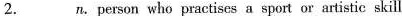
2. ___ n.Person who practises a sport or artistic skill